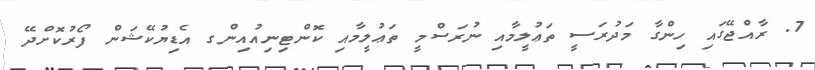
7. ރާއްޖޭގައި ހިންގާ މަދުރަސީ ތަޢުލީމާއި ނުރަސްމީ ތަޢުލީމާއި ކޮންޓިނިއުއިންގ އެޑިޔުކޭޝަން ފޯރުކޮށްދޭ